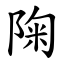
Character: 陱